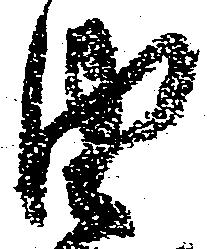
由